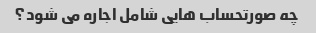
چه صورتحساب هایی شامل اجاره می شود؟